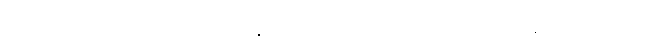
အညာဘဝေါ၊ သညီဘဝသည်။ န၊ မဟုတ်။ အသညာဘဝေါ၊ အသညီဘဝမဟုတ်။